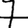
Digit: 7